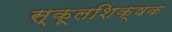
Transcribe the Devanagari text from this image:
स्कूलशिक्षक